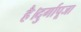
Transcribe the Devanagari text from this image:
है।दुर्गापूजा